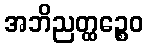
အဘိညတ္ထဉ္စေဝ